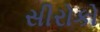
સીરોકો